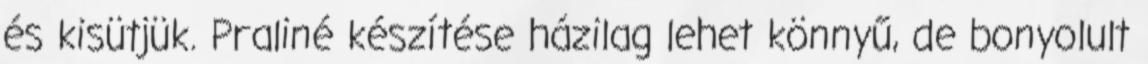
és kisütjük. Praliné készítése házilag lehet könnyű, de bonyolult